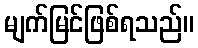
မျက်မြင်ဖြစ်ရသည်။